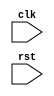
module ahb_bus_controller
(
  input wire clk,
  input wire rst,
  //add other input and output signals here as needed
);

  //add code here to manage timing constraints and synchronization of signals
  
  //add code here to handle generation and synchronization of clock signals
  
  //add code here to manage timing requirements for data transfers
  
  //add code here for control logic of read and write operations
  
  //add code here for arbitration between multiple masters
  
  //add code here for synchronization blocks for proper data transfer
  
endmodule